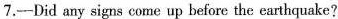
7.-Did any signs come up before the earthquake?